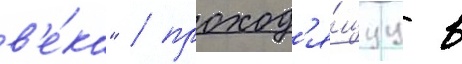
в'е́ка" / проход'я́щуу в